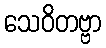
သေဝိတဗ္ဗာ